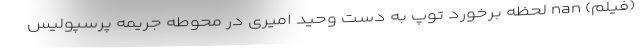
(فیلم) nan لحظه برخورد توپ به دست وحید امیری در محوطه جریمه پرسپولیس